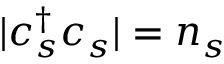
| c _ { s } ^ { \dag } c _ { s } | = n _ { s }